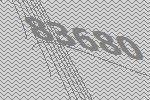
83680